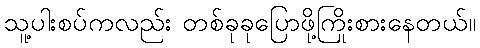
သူ့ပါးစပ်ကလည်း တစ်ခုခုပြောဖို့ကြိုးစားနေတယ်။